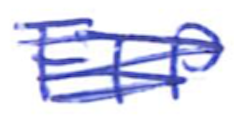
Text: FTP
Cross-out: scratch
Writing tool: ballpoint